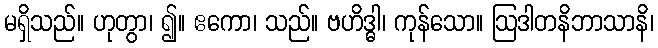
မရှိသည်။ ဟုတွာ၊ ၍။ ဧကော၊ သည်။ ဗဟိဒ္ဓါ၊ ကုန်သော။ ဩဒါတနိဘာသာနိ၊